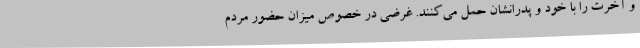
و آخرت را با خود و پدرانشان حمل می‌کنند. غرضی در خصوص میزان حضور مردم